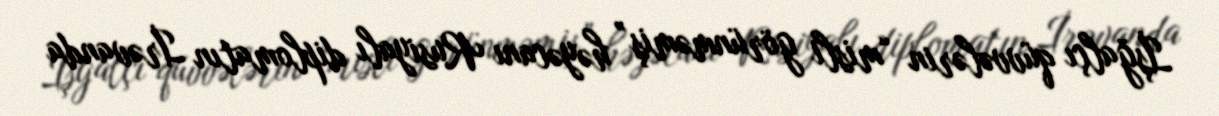
İşğalçı qüvvələrin “misli görünməmiş” həyəcanı Rusiyalı diplomatın İrəvanda